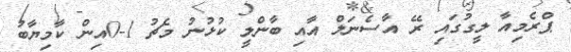
ޕްރެމިއާ ލީގުގައި ރޭ އާސެނަލް އާއި ބާންލީ ކުޅުނު މެޗު 1-0އިން ކާމިޔާބު